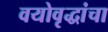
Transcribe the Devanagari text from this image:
वयोवृद्धांचा